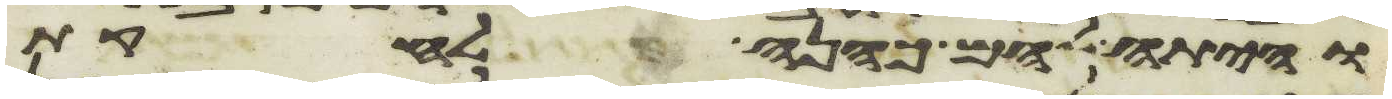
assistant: והיתה להם כהנה לחקת